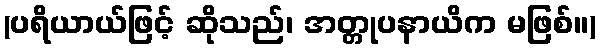
(ပရိယာယ်ဖြင့် ဆိုသည်၊ အတ္တုပနာယိက မဖြစ်။)